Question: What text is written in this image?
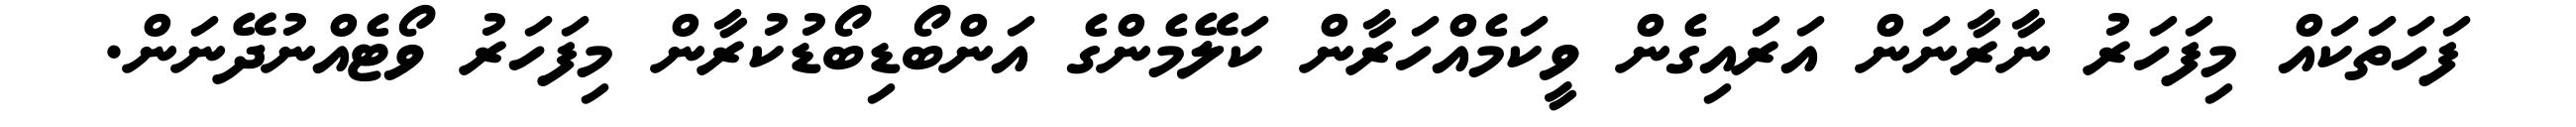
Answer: ފަހަތަކައް މިފަހަރު ނާރާނަން އަރައިގެން ވީކަމެއްހަރާން ކަލޭމެންގެ އަންބޯޑިބޯޑުކުރާން މިފަހަރު ވޯޓެއްނުދޭނަން.